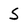
Character: S